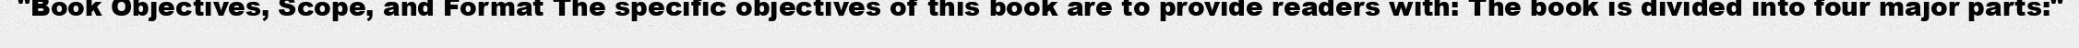
"Book Objectives, Scope, and Format The specific objectives of this book are to provide readers with: The book is divided into four major parts:"